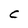
Character: C